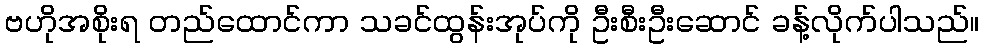
ဗဟိုအစိုးရ တည်ထောင်ကာ သခင်ထွန်းအုပ်ကို ဦးစီးဦးဆောင် ခန့်လိုက်ပါသည်။